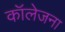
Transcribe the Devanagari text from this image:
कॉलेजना